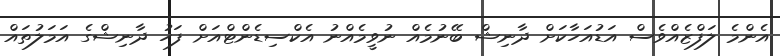
އެންމެ ލަފްޒެެއްވެސް އަޑުއަހާކަށް ދާނިޝް ބޭނުމެއް ނުވީމެއްނު އެކްސިޑެންޓްއަށް ފަހު ދާނިޝްގެ އަމަލުތައް